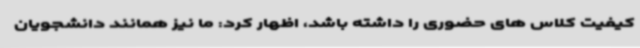
کیفیت کلاس های حضوری را داشته باشد، اظهار کرد: ما نیز همانند دانشجویان